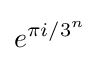
e^{\pi i/3^{n}}